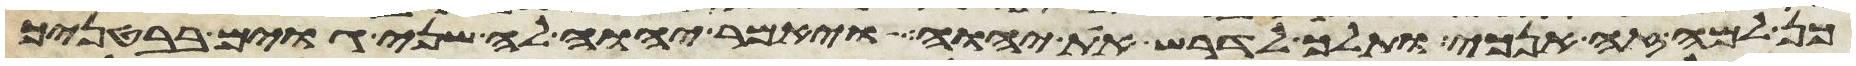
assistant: כן למה זה אנכי ותלך לדרש את יהוה ויאמר יהוה לה שני גוים בבטנך